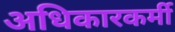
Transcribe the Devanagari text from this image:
अधिकारकर्मी